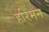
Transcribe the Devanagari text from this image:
हरिमन